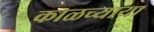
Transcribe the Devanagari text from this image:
काळच्याया